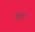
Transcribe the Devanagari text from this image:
रिप्यूट